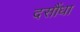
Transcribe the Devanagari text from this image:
दसौंधा